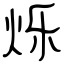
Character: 烁